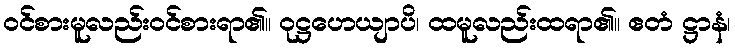
ဝင်စားမူလည်းဝင်စားရာ၏။ ဝုဋ္ဌဟေယျာပိ၊ ထမူလည်းထရာ၏။ ဧတံ ဋ္ဌာနံ၊